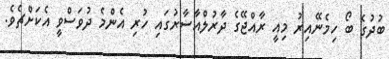
ބުދުގެ ބޯ ހިމެނޭއިރު މިއީ ރާއްޖޭގެ ދާރުލްއާސާރުގައި ހުރި އެންމެ ދުވަސްވީ އެކަށްޗެވެ.